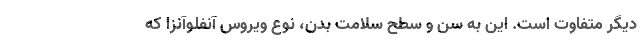
دیگر متفاوت است. این به سن و سطح سلامت بدن، نوع ویروس آنفلوآنزا که